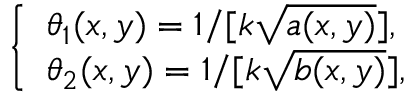
\left\{ \begin{array} { l l } { \theta _ { 1 } ( x , y ) = 1 / [ { k \sqrt { a ( x , y ) } } ] , } \\ { \theta _ { 2 } ( x , y ) = 1 / [ { k \sqrt { b ( x , y ) } } ] , } \end{array} \right.